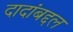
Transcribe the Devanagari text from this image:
दादांबद्दल